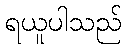
ရယူပါသည်